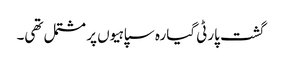
گشت پارٹی گیارہ سپاہیوں پر مشتمل تھی۔